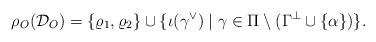
LaTeX: \begin{align*} \rho_O(\mathcal D_O) = \lbrace \varrho_1, \varrho_2 \rbrace \cup \lbrace \iota(\gamma^\vee) \mid \gamma \in \Pi \setminus (\Gamma^\perp \cup \lbrace \alpha \rbrace) \rbrace.\end{align*}